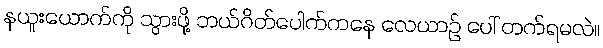
နယူးယောက်ကို သွားဖို့ ဘယ်ဂိတ်ပေါက်ကနေ လေယာဉ် ပေါ် တက်ရမလဲ။